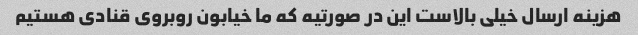
هزینه ارسال خیلی بالاست این در صورتیه که ما خیابون روبروی قنادی هستیم